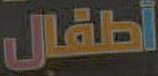
أطفال